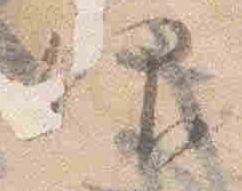
仰